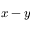
x - y